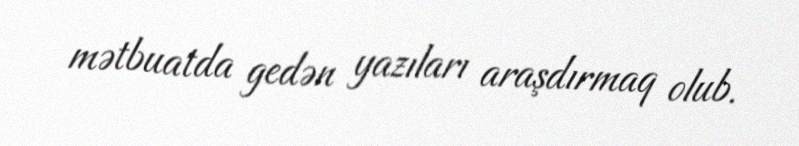
mətbuatda gedən yazıları araşdırmaq olub.